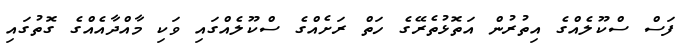
ފަސް ސްކޫލެއްގެ އިތުރުން އަތޮޅުތެރޭގެ ހަތް ރަށެއްގެ ސްކޫލެއްގައި ވަކި މާއްދާއެއްގެ ގޮތުގައި